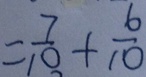
= \frac { 7 } { 1 0 } + \frac { 6 } { 1 0 }